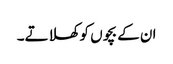
ان کے بچوں کو کھلاتے۔